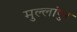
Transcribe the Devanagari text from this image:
मुल्लांपुर